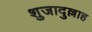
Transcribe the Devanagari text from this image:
शुजादुल्लाह